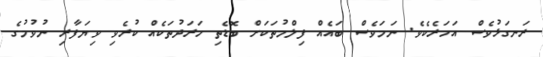
ރަނގަޅުވެސް އަހަރެކެވެ. ނަމަވެސް ބައެއް ފިލްމުތަކަށް ބޮޑެތި ހަރަދުތަކެއް ކުރެވި ވިޔަފާރި ނުވުމުގެ